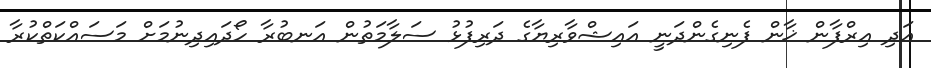
އަދި އިރްފާން ޚާން ފެނިގެންދަނީ އައިޝްވާރިޔާގެ ދަރިފުޅު ސަލާމަތުން އަނބުރާ ހޯދައިދިނުމަށް މަސައްކަތްކުރާ